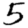
Digit: 5